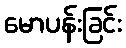
မောပန်းခြင်း